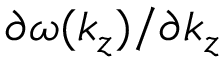
\partial \omega ( k _ { z } ) / \partial k _ { z }